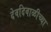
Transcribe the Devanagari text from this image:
देवदिवाळीच्या